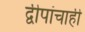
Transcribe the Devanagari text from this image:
द्वीपांचाही